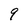
Character: 9